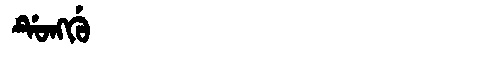
Manchu: ᡩᡠᠩᡤᡠ
Romanization: DUNGGU